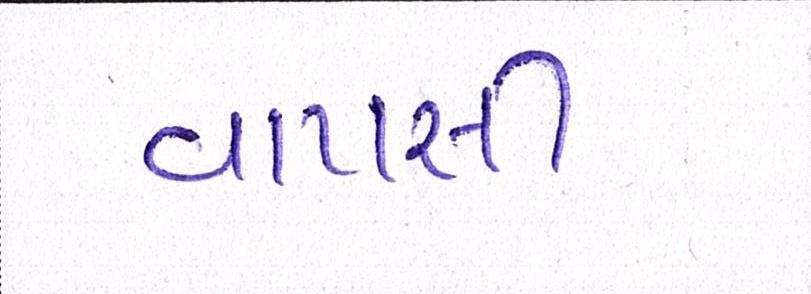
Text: વાપસી